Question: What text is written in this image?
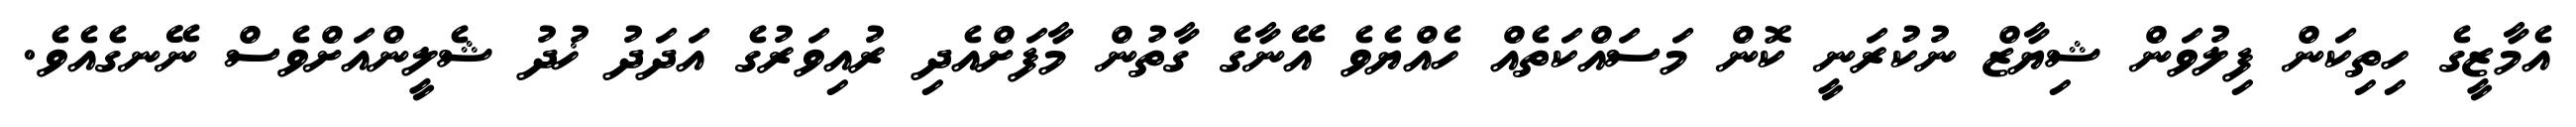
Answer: އެމާޒީގެ ހިތިކަން ފިލުވަން ޝިޔާޒް ނުކުރަނީ ކޮން މަސައްކަތެއް ހެއްޔެވެ އޭނާގެ ގާތުން މާފަށްއެދި ރުއިވަރުގެ އަދަދު ޚުދު ޝެލީންއަށްވެސް ނޭނގެއެވެ.